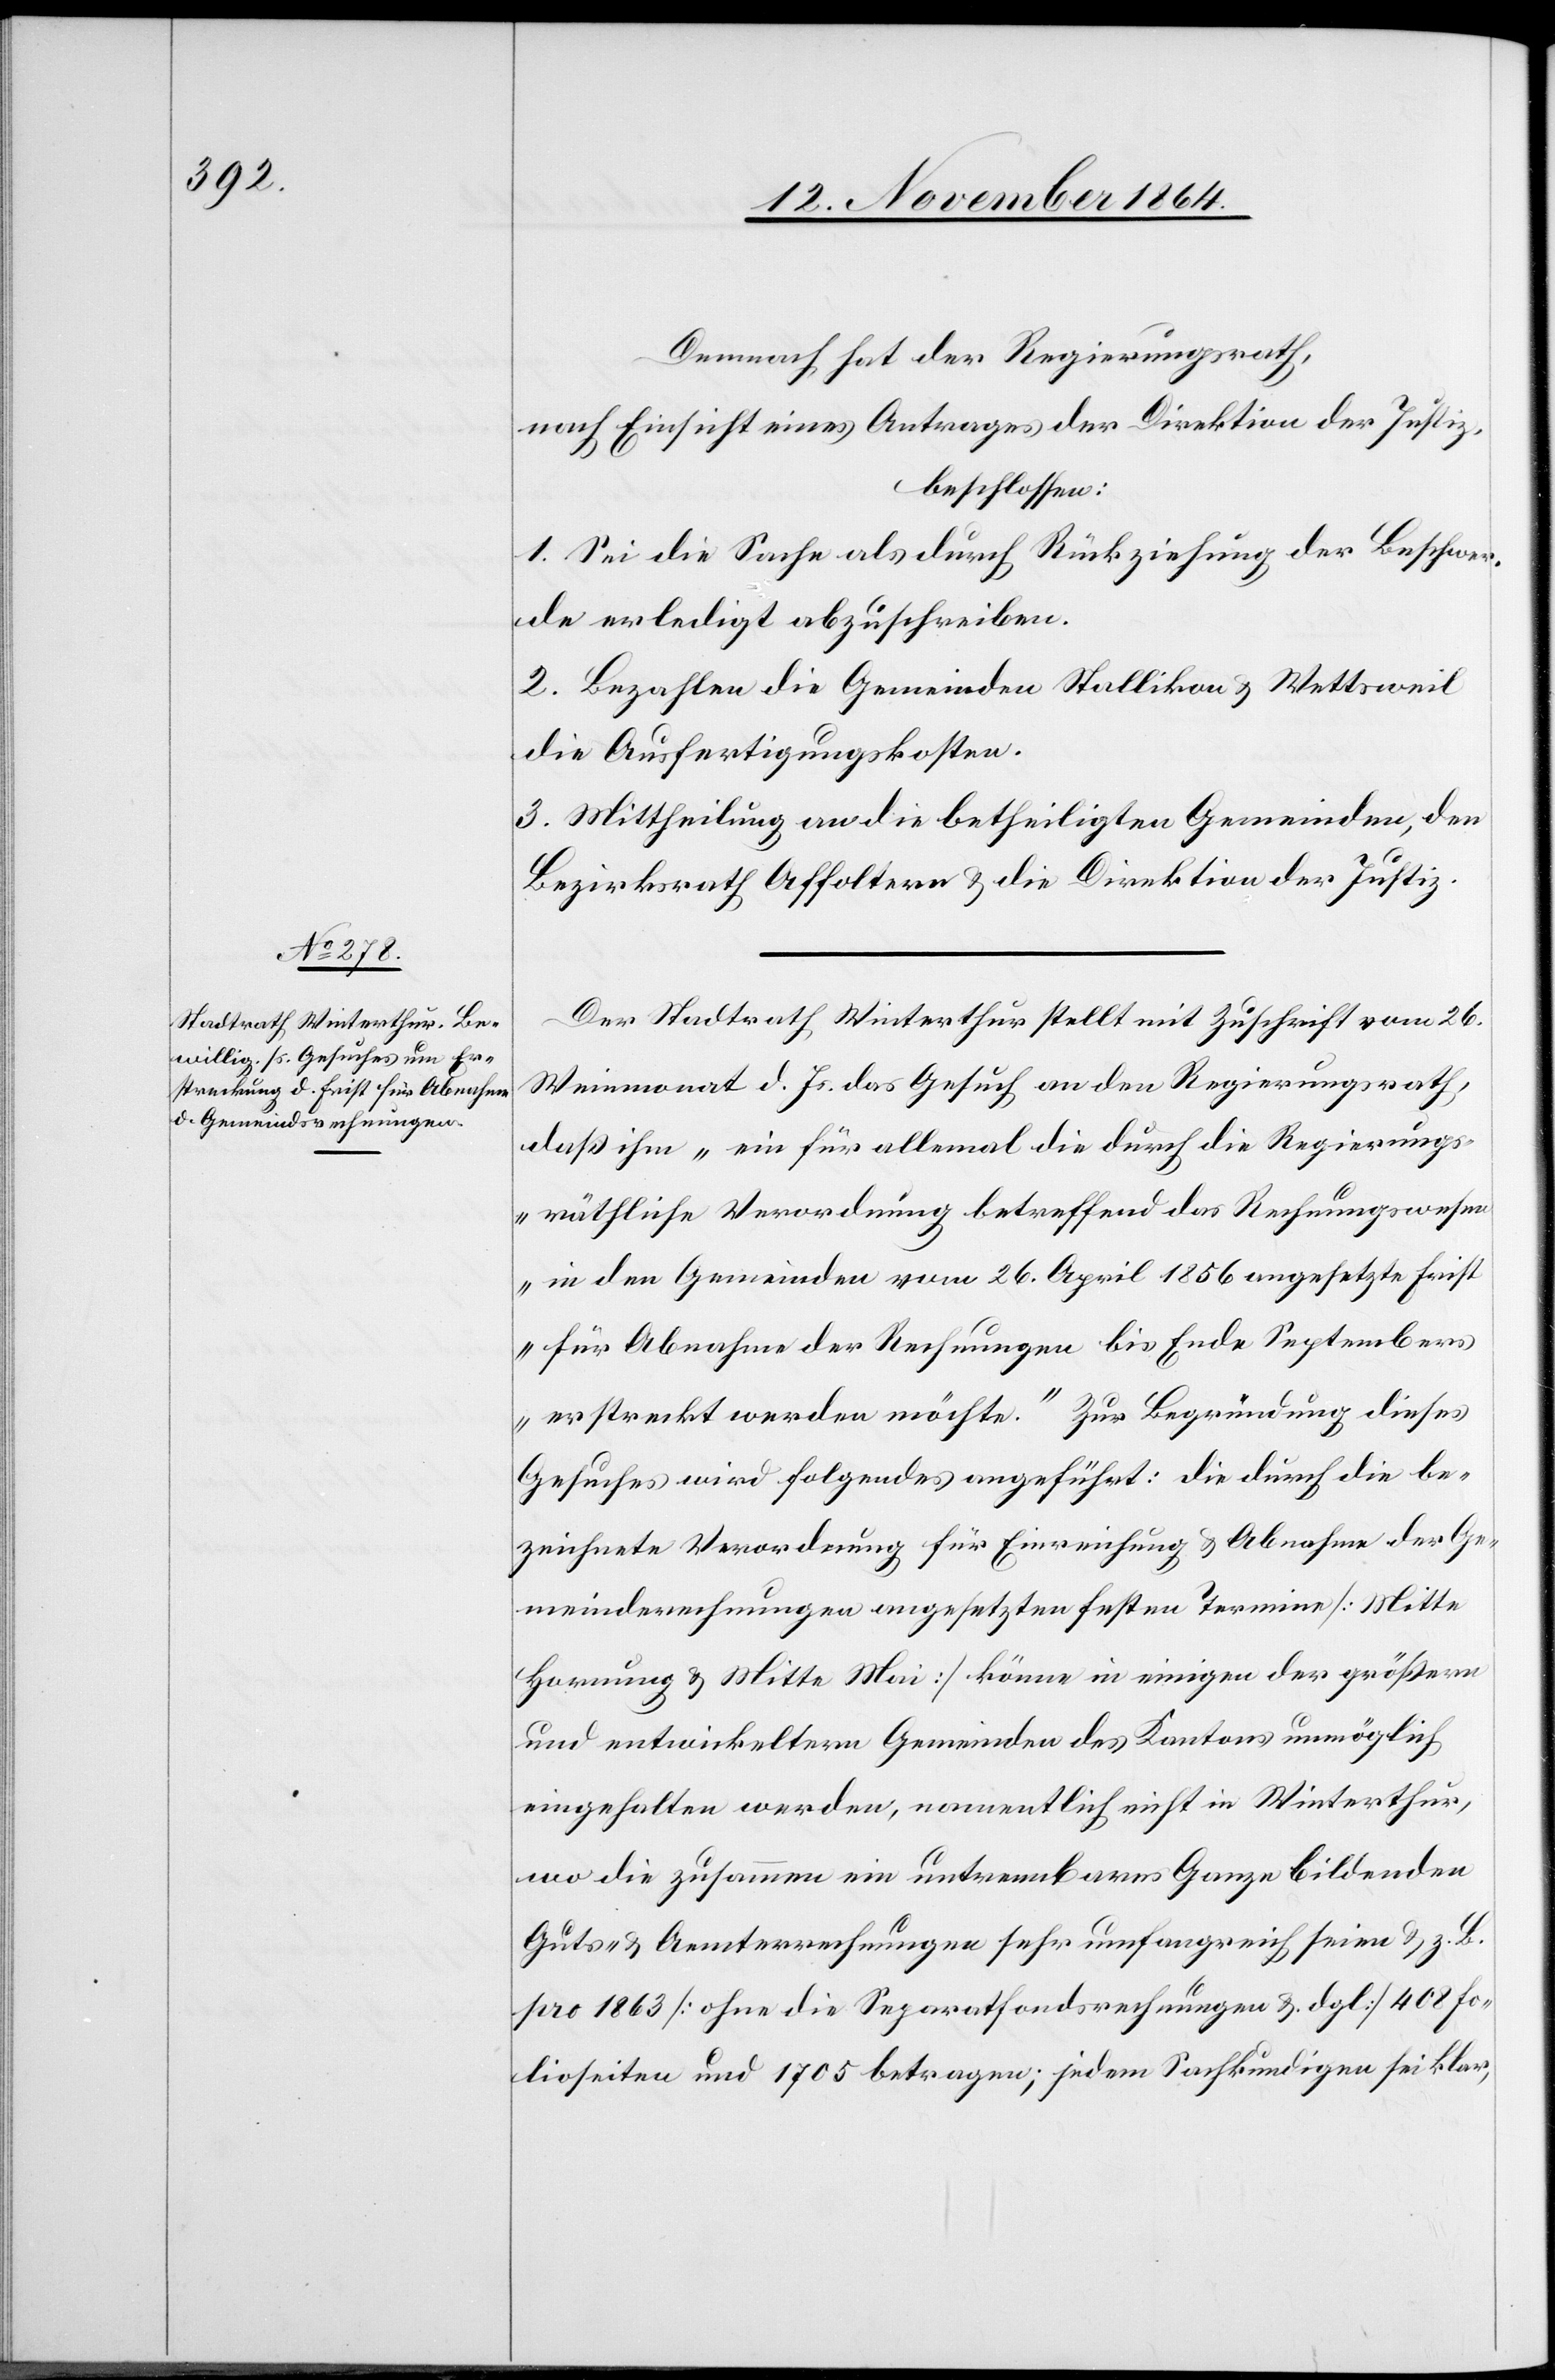
Demnach hat der Regierungsrath,
nach Einsicht eines Antrages der Direktion der Justiz,
beschlossen:
1. Sei die Sache als durch Rückziehung der Beschwer¬
de erledigt abzuschreiben.
2. Bezahlen die Gemeinden Stallikon & Wettsweil
die Ausfertigungskosten.
3. Mittheilung an die betheiligten Gemeinden, den
Bezirksrath Affoltern & die Direktion der Justiz.
Der Stadtrath Winterthur stellt mit Zuschrift vom 26.
Weinmonat d. Js. das Gesuch an den Regierungsrath,
daß ihm „ein für allemal die durch die Regierungs¬
räthliche Verordnung betreffend das Rechnungswesen
in den Gemeinden vom 26. April 1856 angesetzte Frist
für Abnahme der Rechnungen bis Ende September
erstreckt werden möchte.“ Zur Begründung dieses
Gesuches wird Folgendes angeführt: Die durch die be¬
zeichnete Verordnung für Einreichung & Abnahme der Ge¬
meinderechnungen angesetzten festen Termine [Mitte
Hornung & Mitte Mai] könne in einigen der größern
und entwickeltern Gemeinden des Kantons unmöglich
eingehalten werden, namentlich nicht in Winterthur,
wo die zusammen ein untrennbares Ganze[s] bildenden
Güter & Aemterrechnungen sehr umfangreich seien & z. B.
pro 1863 [ohne die Separatfondsrechnungen & dgl.] 408 Fo¬
lioseiten und 1705 [sic!] betragen; jedem Sachkundigen sei klar,